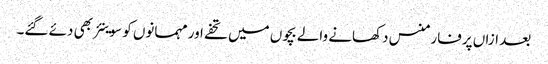
بعد ازاں پرفارمنس دکھانے والے بچوں میں تحفے اور مہمانوں کو سوینئر بھی دئے گئے۔